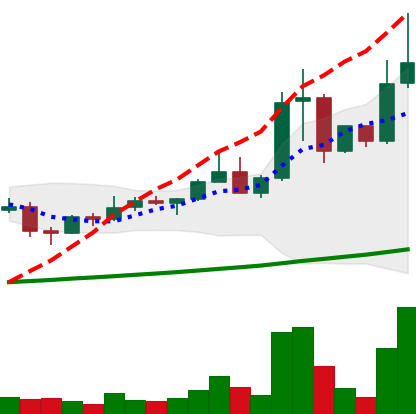
Ticker: XLM-USD
Chart end date: 2021-04-11
Forward return: 4.153%
Label: up_3_5